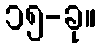
၁၅-ခု။